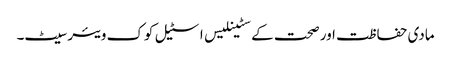
مادی حفاظت اور صحت کے سٹینلیس اسٹیل کوک ویئر سیٹ۔